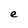
Character: e